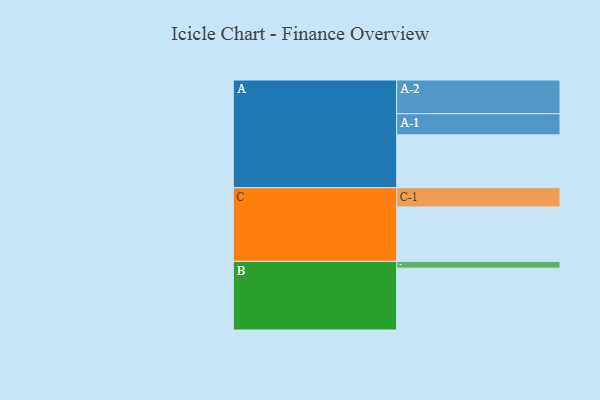
{"axis": {"x": "Segment", "y": "Value"}, "legend": ["", "A", "B", "C"], "data": [{"x": "A", "y": 437, "type": ""}, {"x": "B", "y": 512, "type": ""}, {"x": "C", "y": 450, "type": ""}, {"x": "A-1", "y": 175, "type": "A"}, {"x": "A-2", "y": 279, "type": "A"}, {"x": "B-1", "y": 56, "type": "B"}, {"x": "C-1", "y": 160, "type": "C"}]}